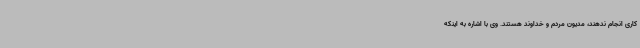
کاری انجام ندهند، مدیون مردم و خداوند هستند. وی با اشاره به اینکه